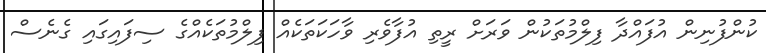
ކުންފުނިން އުފައްދާ ފިލްމުތަކުން ވަރަށް ރީތި އުފާވެރި ވާހަކަތަކެއް ފިލްމުތަކެއްގެ ސިފައިގައި ގެނެސް